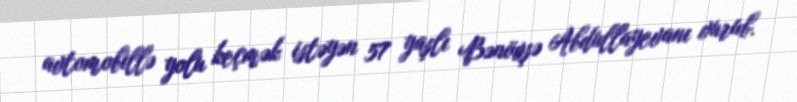
avtomobillə yolu keçmək istəyən 57 yaşlı Bənövşə Abdullayevanı vurub.